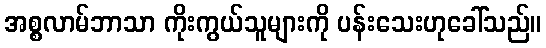
အစ္စလာမ်ဘာသာ ကိုးကွယ်သူများကို ပန်းသေးဟုခေါ်သည်။